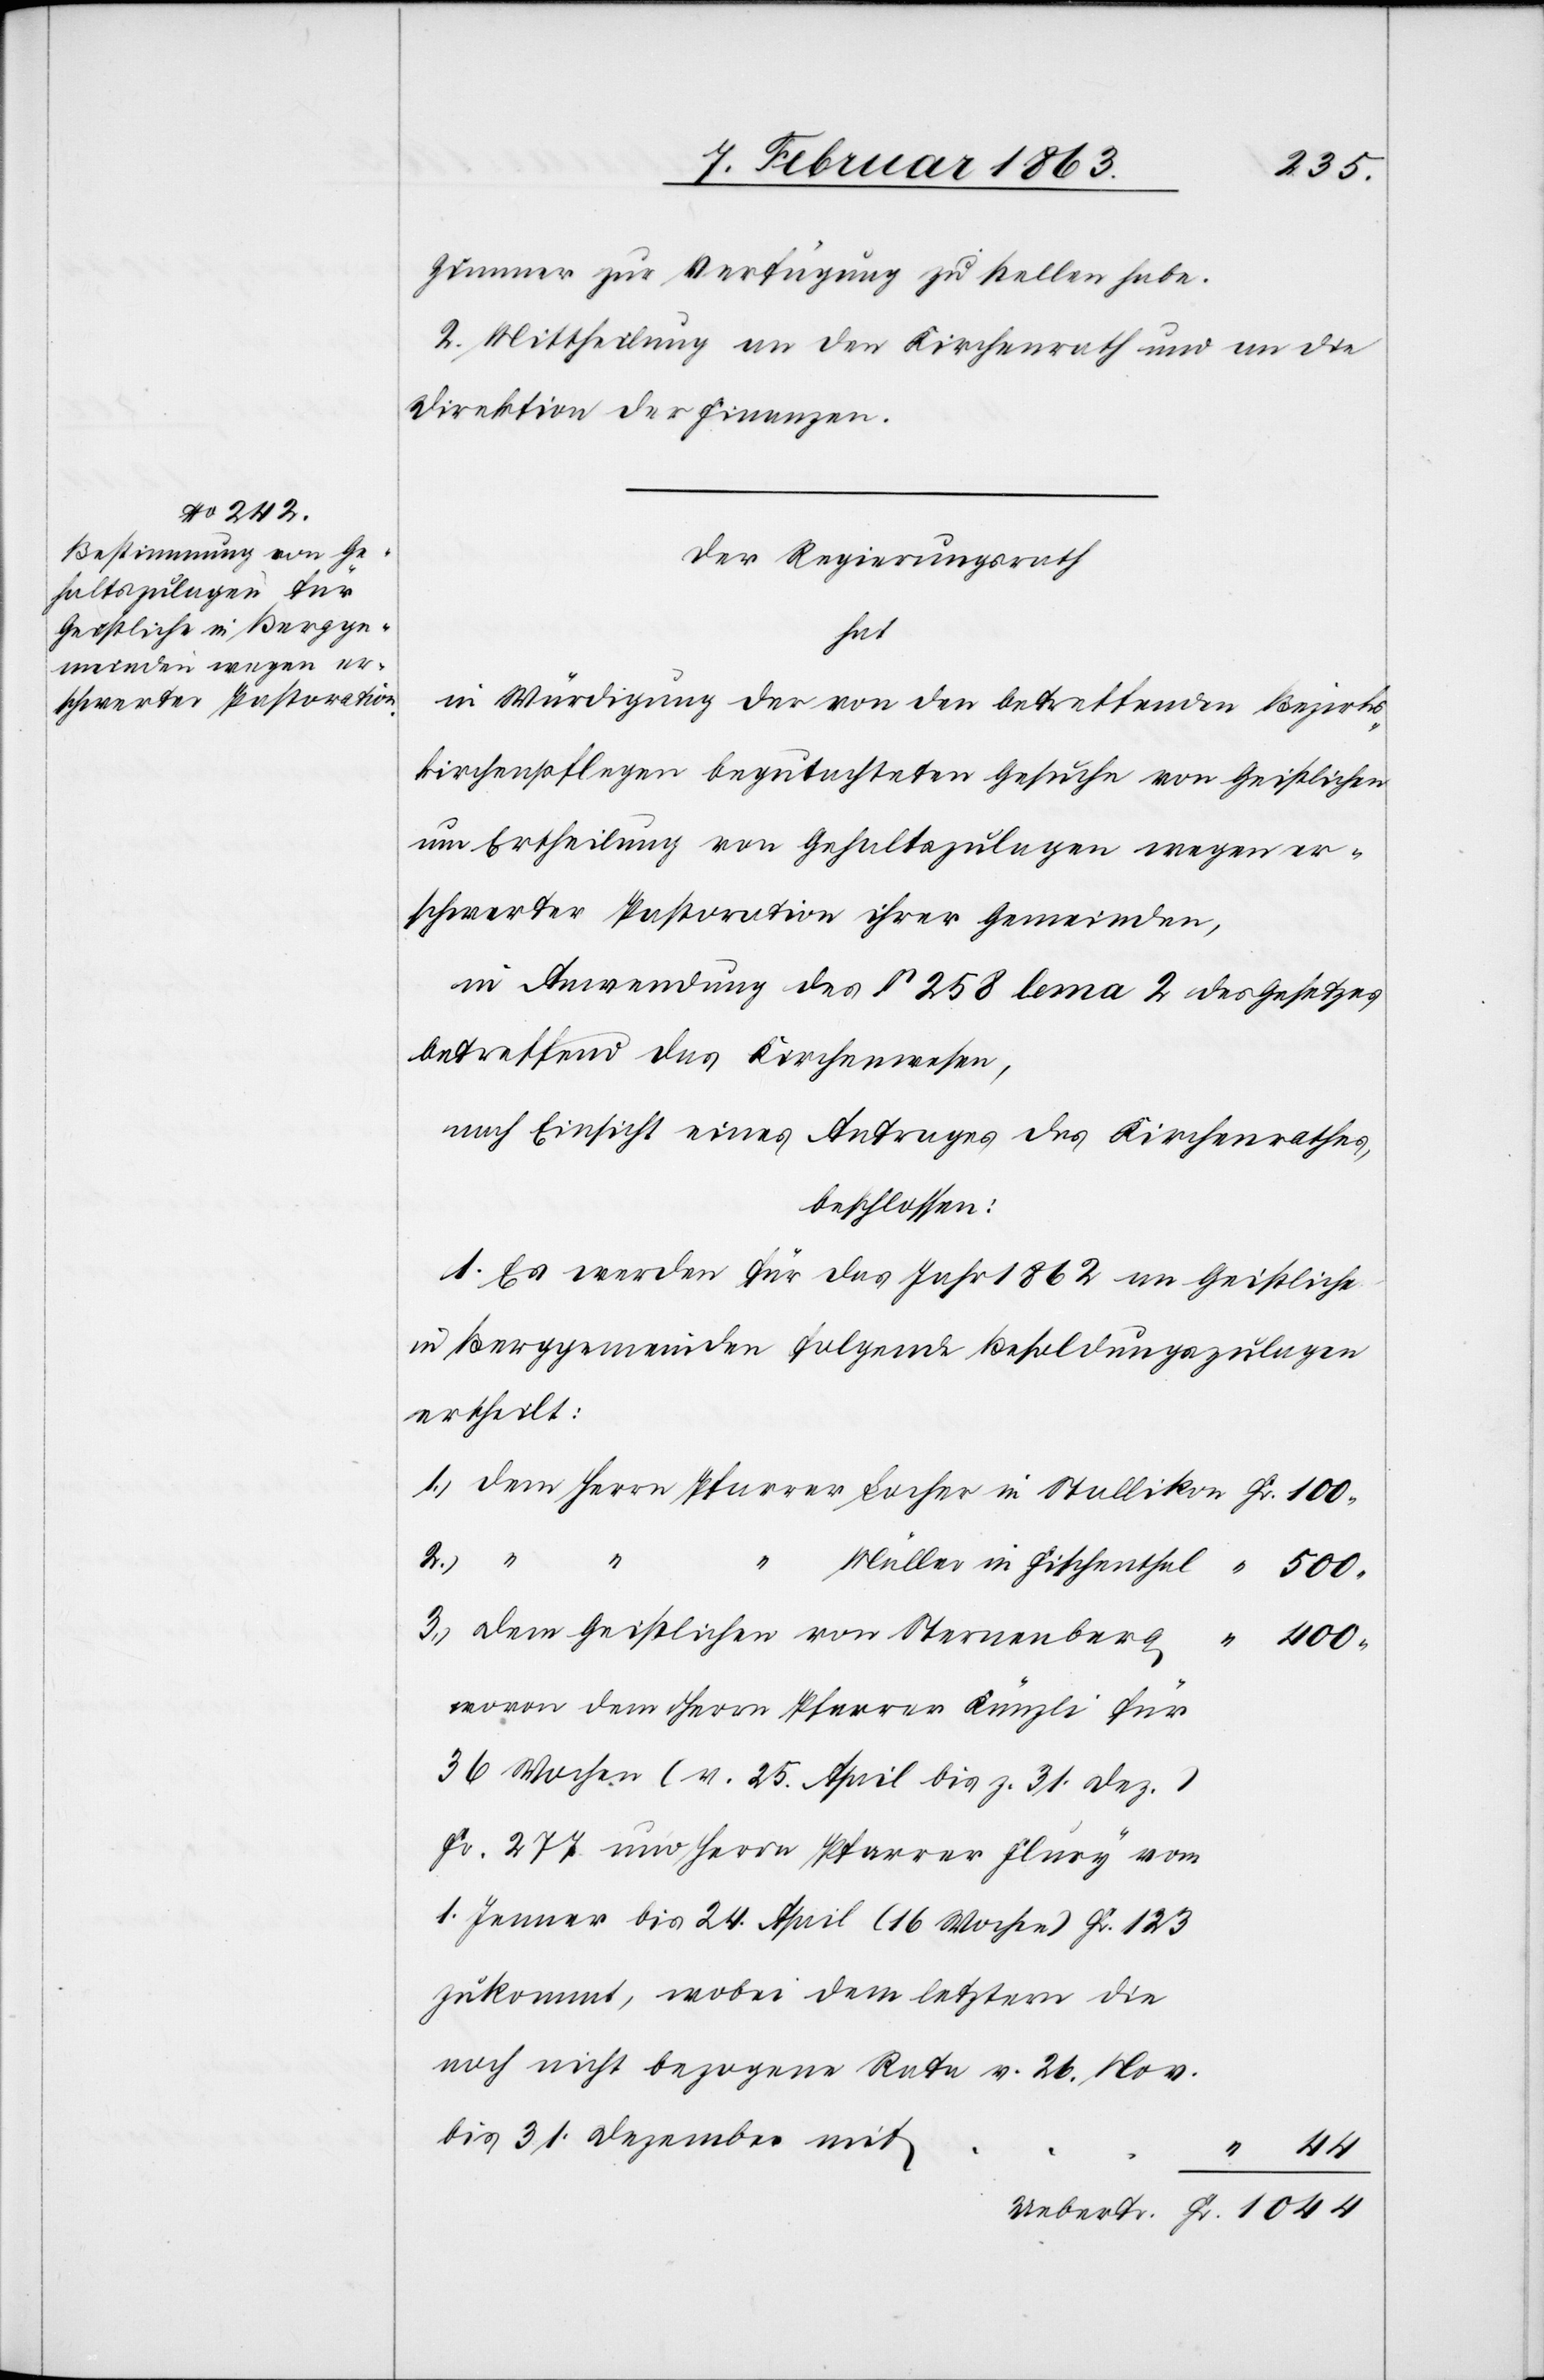
Zimmer zur Verfügung zu stellen habe.
2. Mittheilung an den Kirchenrath und an die
Direktion der Finanzen.
Der Regierungsrath
Fr.
in Würdigung der von den betreffenden Bezirks¬
kirchenpflegen begutachteten Gesuche von Geistlichen
um Ertheilung von Gehaltszulagen wegen er¬
schwerter Pastoration ihrer Gemeinden,
in Anwendung des § 258 lema 2 des Gesetzes
betreffend das Kirchenwesen,
nach Einsicht eines Antrages des Kirchenrathes,
beschlossen:
1. Es werden für das Jahr 1862 an Geistliche
in Berggemeinden folgende Besoldungszulagen
ertheilt:
dem Herrn Pfarrer Locher in Stallikon
“
44
“
Müller in Fischenthal
“
500.
Dem Geistlichen von Sternenberg
“
400.
wovon dem Herrn Pfarrer Künzli für
36 Wochen (v. 25. April bis z. 31. Dez.)
Fr. 277 und Herrn Pfarrer Flury vom
1. Jenner bis 24. April (16 Wochen) Fr. 123
zukommt, wobei dem letztern die
noch nicht bezogene Rata v. 26. Nov.
bis 31. Dezember mit